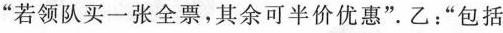
“若领队买一张全票,其余可半价优惠”.乙:“包括